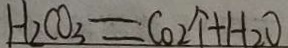
H _ { 2 } C O _ { 3 } = C O _ { 2 } \uparrow + H _ { 2 } O